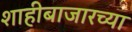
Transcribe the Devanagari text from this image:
शाहीबाजारच्या